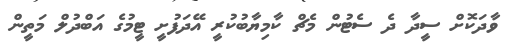
ވާދަކޮށް ސީދާ ދެ ސެޓުން މެޗް ކާމިޔާބުކުރީ އޭދަފުށީ ޓީމުގެ އަބްދުލް މަތީން